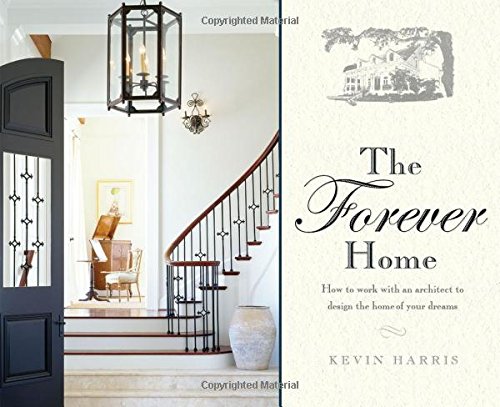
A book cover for The Forever Home: How To Work With An Architect To Design The Home Of Your Dreams; Kevin Harris; Arts & Photography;